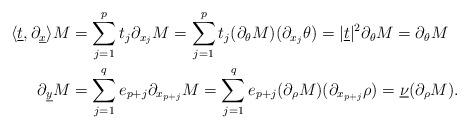
LaTeX: \begin{align*}\langle\underline t,\partial_{\underline x}\rangle M&=\sum_{j=1}^pt_j\partial_{x_j}M=\sum_{j=1}^pt_j(\partial_{\theta}M)(\partial_{x_j}\theta)=\vert\underline t\vert^2\partial_{\theta}M=\partial_{\theta}M\\\partial_{\underline y}M&=\sum_{j=1}^qe_{p+j}\partial_{x_{p+j}}M=\sum_{j=1}^qe_{p+j}(\partial_{\rho}M)(\partial_{x_{p+j}}\rho)=\underline\nu(\partial_{\rho}M).\end{align*}